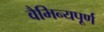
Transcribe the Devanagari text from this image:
वैभिन्यपूर्ण